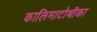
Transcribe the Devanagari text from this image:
कालिमाटोथीका